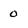
Character: 0